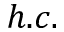
h . c .